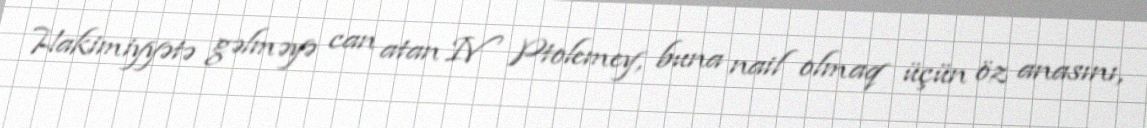
Hakimiyyətə gəlməyə can atan IV Ptolemey, buna nail olmaq üçün öz anasını,